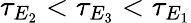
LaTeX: \tau_{E_{2}}<\tau_{E_{3}}<\tau_{E_{1}}